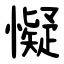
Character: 懝